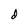
Character: d